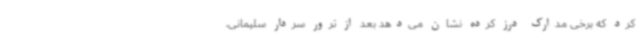
کرد که برخی مدارک درز کرده نشان می‌دهد بعد از ترور سردار سلیمانی،